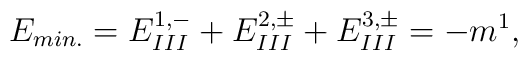
E_{min.}=E_{III}^{1,-} + E_{III}^{2,\pm} + E_{III}^{3,\pm}  = - m^1,